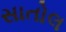
સાતોલ